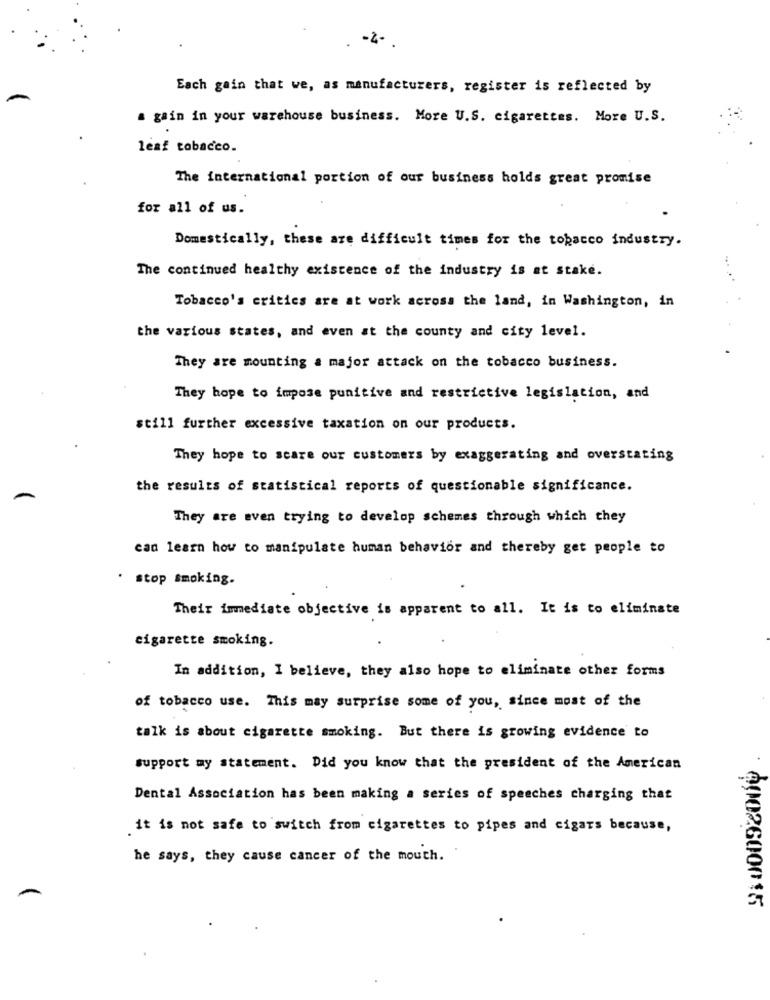
Each gain that we, as manufacturers, register is reflected by
a gain in your warehouse business. More U.S. cigarettes. More U.S.
leaf tobacco.
The international portion of our business holds great promise
for all of us.
Domestically, these are difficult times for the tobacco industry.
The continued healthy existence of the industry is at stake.
Tobacco's critics are at work across the land, in Washington, in
the various states, and even at the county and city level.
They are mounting a major attack on the tobacco business.
They hope to impose punitive and restrictive legislation, and
still further excessive taxation on our products.
They hope to scare our customers by exaggerating and overstating
the results of statistical reports of questionable significance.
They are even trying to develop schemes through which they
can learn how to manipulate human behavior and thereby get people to
stop smoking.
Their immediate objective is apparent to all. It is to eliminate
cigarette smoking.
In addition, I believe, they also hope to eliminate other forms
of tobacco use. This may surprise some of you, since most of the
talk is about cigarette smoking. But there is growing evidence to
support my statement. Did you know that the president of the American
Dental Association has been making a series of speeches charging that
it is not safe to switch from cigarettes to pipes and cigars because,
he says, they cause cancer of the mouth.
4002600015